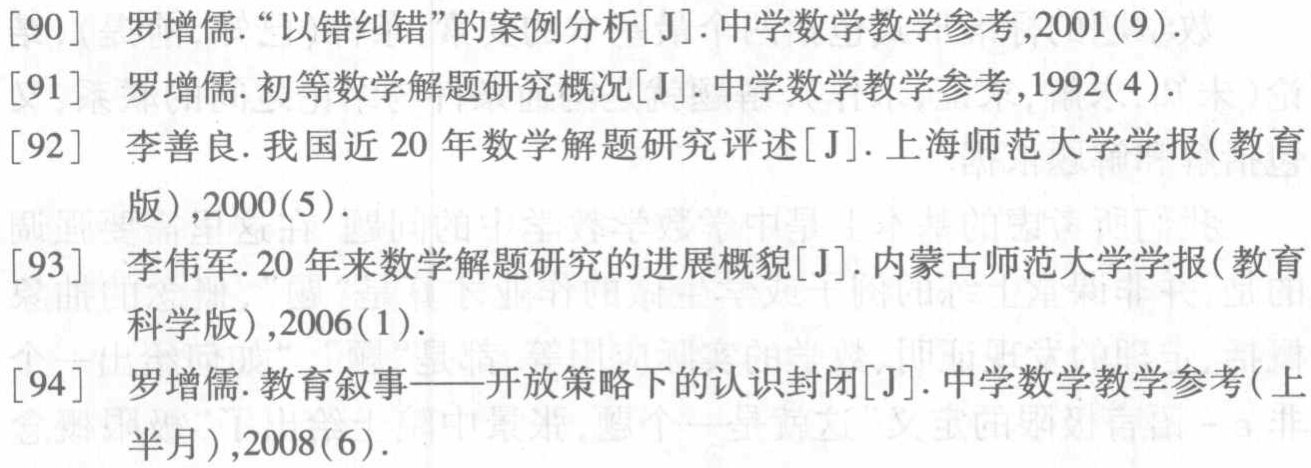
\begin{enumerate}

\item 罗增儒.“以错纠错”的案例分析[J].中学数学教学参考,2001(9).

\item 罗增儒.初等数学解题研究概况[J].中学数学教学参考,1992(4).

\item 李善良.我国近20年数学解题研究评述[J].上海师范大学学报(教育版),2000(5).

\item 李伟军.20年来数学解题研究的进展概貌[J].内蒙古师范大学学报(教育科学版),2006(1).

\item 罗增儒.教育叙事——开放策略下的认识封闭[J].中学数学教学参考(上半月),2008(6).

\end{enumerate}